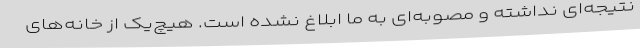
نتیجه‌ای نداشته و مصوبه‌ای به ما ابلاغ نشده است. هیچ‌یک از خانه‌های